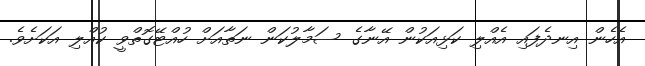
އެހެން އިނދެފައި އެއްލި ކަޅިއަކުން އޭނާގެ ސަމާލުކަން ނަތާއަށް ހުއްޓޭގޮތްވީ ކުއްލި އަކަށެވެ.